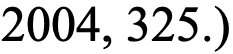
2004, 325.)